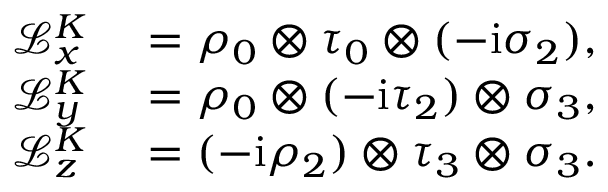
\begin{array} { r l } { \mathcal { L } _ { x } ^ { K } } & { { } = \rho _ { 0 } \otimes \tau _ { 0 } \otimes ( - \mathrm { i } \sigma _ { 2 } ) , } \\ { \mathcal { L } _ { y } ^ { K } } & { { } = \rho _ { 0 } \otimes ( - \mathrm { i } \tau _ { 2 } ) \otimes \sigma _ { 3 } , } \\ { \mathcal { L } _ { z } ^ { K } } & { { } = ( - \mathrm { i } \rho _ { 2 } ) \otimes \tau _ { 3 } \otimes \sigma _ { 3 } . } \end{array}